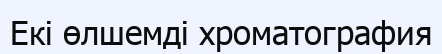
Екі өлшемді хроматография